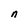
Character: n